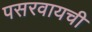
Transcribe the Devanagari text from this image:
पसरवायची